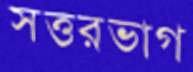
সত্তরভাগ